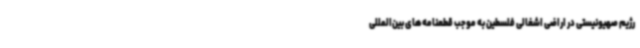
رژیم صهیونیستی در اراضی اشغالی فلسطین به موجب قطعنامه‌های بین‌المللی